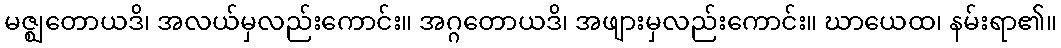
မဇ္ဈတောယဒိ၊ အလယ်မှလည်းကောင်း။ အဂ္ဂတောယဒိ၊ အဖျားမှလည်းကောင်း။ ဃာယေထ၊ နမ်းရာ၏။